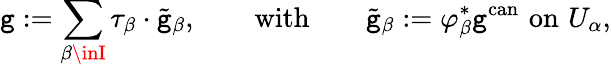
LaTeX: \mathtt{g}:=\sum_{\beta\inI}\tau_{\beta}\cdot{\tilde{{\mathtt{g}}}}_{\beta},\qquad{\mathrm{{with}}}\qquad{\tilde{{\mathtt{g}}}}_{\beta}:=\varphi_{\beta}^{*}\mathtt{g}^{\mathrm{{can}}}\, \, {\mathrm{{on}}}\, \, U_{\alpha},